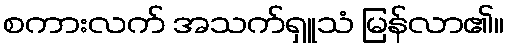
စကားလက် အသက်ရှူသံ မြန်လာ၏။